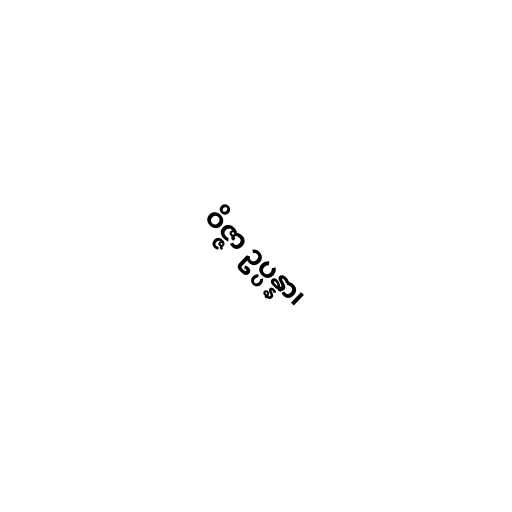
ဝိဇ္ဇာ ဥပ္ပန္နာ၊